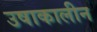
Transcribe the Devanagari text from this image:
उषाकालीन